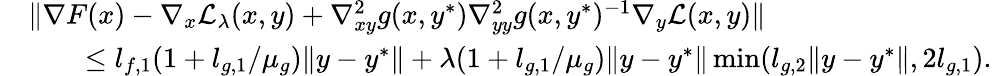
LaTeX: \begin{array}{rl}&{\| \nabla F(x)-\nabla_{x}\mathcal{L}_{\lambda}(x,y)+\nabla_{xy}^{2}g(x,y^{*})\nabla_{yy}^{2}g(x,y^{*})^{-1}\nabla_{y}\mathcal{L}(x,y)\| }\\ &{\qquad\le l_{f,1}(1+l_{g,1}/\mu_{g})\| y-y^{*}\| +\lambda(1+l_{g,1}/\mu_{g})\| y-y^{*}\| \operatorname*{min}(l_{g,2}\| y-y^{*}\| ,2l_{g,1}).}\end{array}